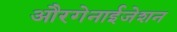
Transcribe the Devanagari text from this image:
औरगेनाईजेशन